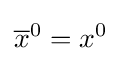
{\overline {x}}^{0}=x^{0}